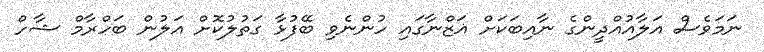
ނަމަވެސް އަލާއުއްދީންގެ ނާއިބަކަށް ޣަޒްނާގައި ހުންނެވި ބޭފުޅާ ގަތުލުކޮށް އަލުން ބަހްރާމް ޝާހް